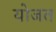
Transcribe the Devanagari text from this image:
योजत